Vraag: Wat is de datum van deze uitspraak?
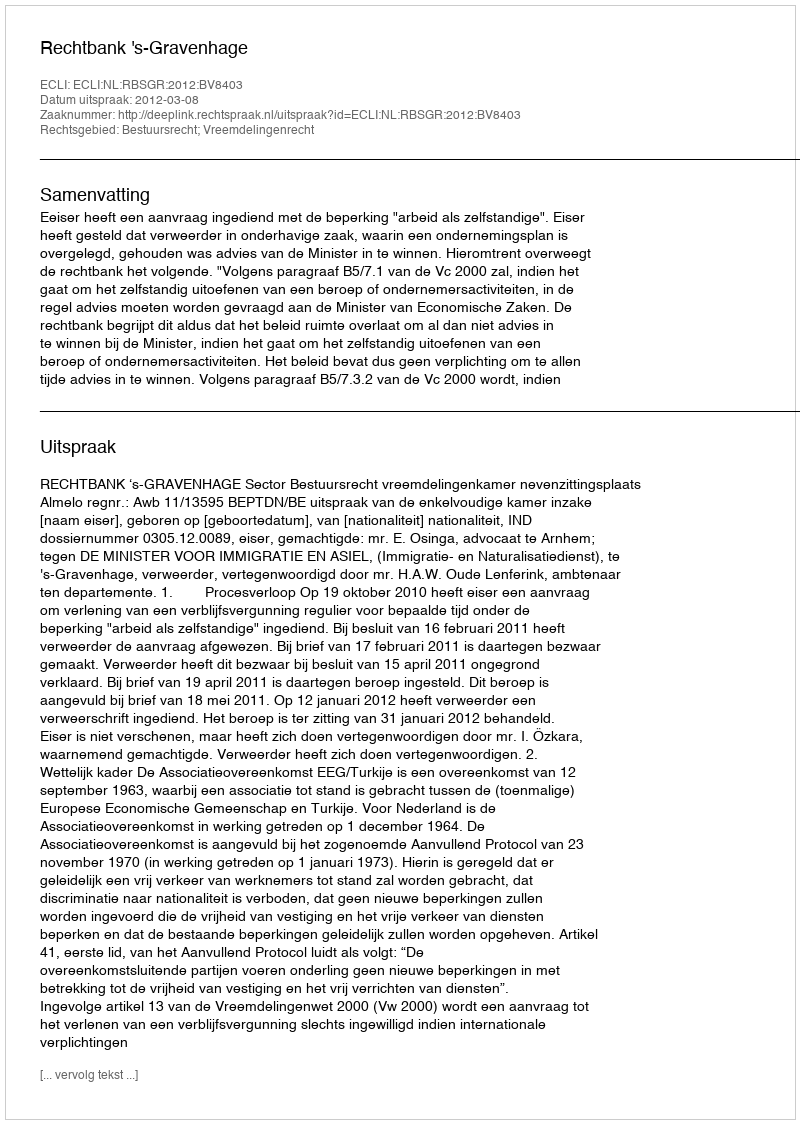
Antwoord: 2012-03-08